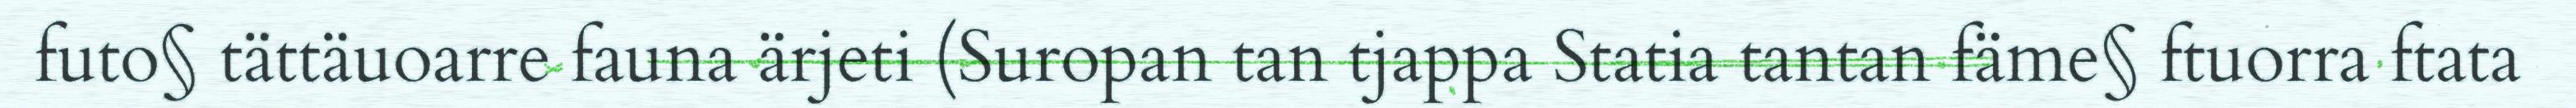
futo§ tättäuoarre fauna ärjeti (Suropan tan tjappa Statia tantan fäme§ ftuorra ftata